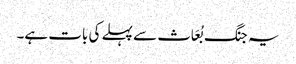
یہ جنگ بُعَاث سے پہلے کی بات ہے۔